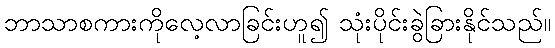
ဘာသာစကားကိုလေ့လာခြင်းဟူ၍ သုံးပိုင်းခွဲခြားနိုင်သည်။